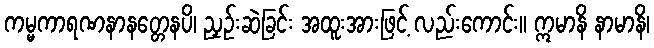
ကမ္မကာရဏနာနတ္တေနပိ၊ ညှဉ်းဆဲခြင်း အထူးအားဖြင့် လည်းကောင်း။ ဣမာနိ နာမာနိ၊